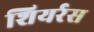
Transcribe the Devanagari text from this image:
शियर्रस